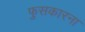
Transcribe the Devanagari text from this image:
फुसकारना